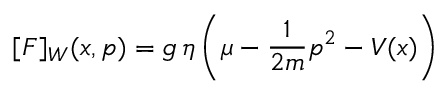
{ [ F ] _ { W } ( x , p ) = g \, \eta \left( \mu - \frac { 1 } { 2 m } p ^ { 2 } - V ( x ) \right) }